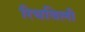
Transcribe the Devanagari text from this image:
रिचविली